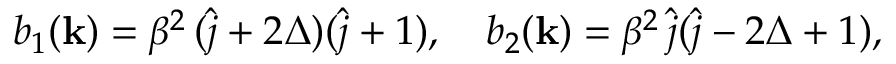
b _ { 1 } ( { \bf k } ) = \beta ^ { 2 } \, ( \hat { j } + 2 \Delta ) ( \hat { j } + 1 ) , \quad b _ { 2 } ( { \bf k } ) = \beta ^ { 2 } \, \hat { j } ( \hat { j } - 2 \Delta + 1 ) ,